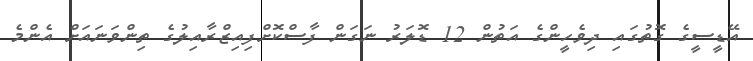
އޭޑީސީގެ ގޮތުގައި ދިވެހީންގެ އަތުން 12 ޑޮލަރު ނަގަން ފާސްކޮށްފިއިޒްރާއިލުގެ ތިންވަނައަށް އެންމެ